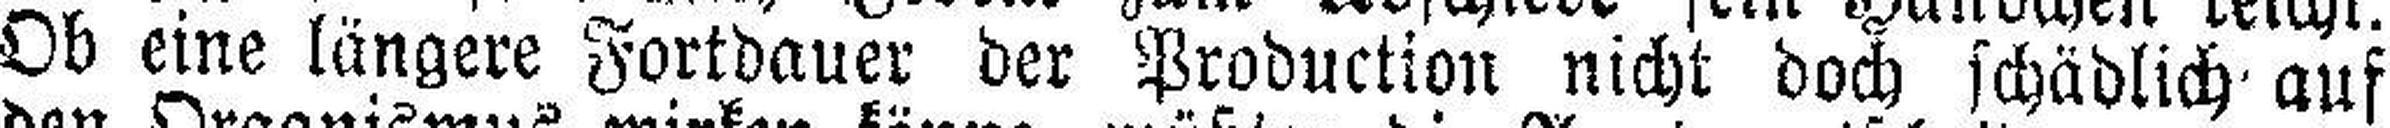
Ob eine längere Fortdauer der Production nicht doch schädlich auf